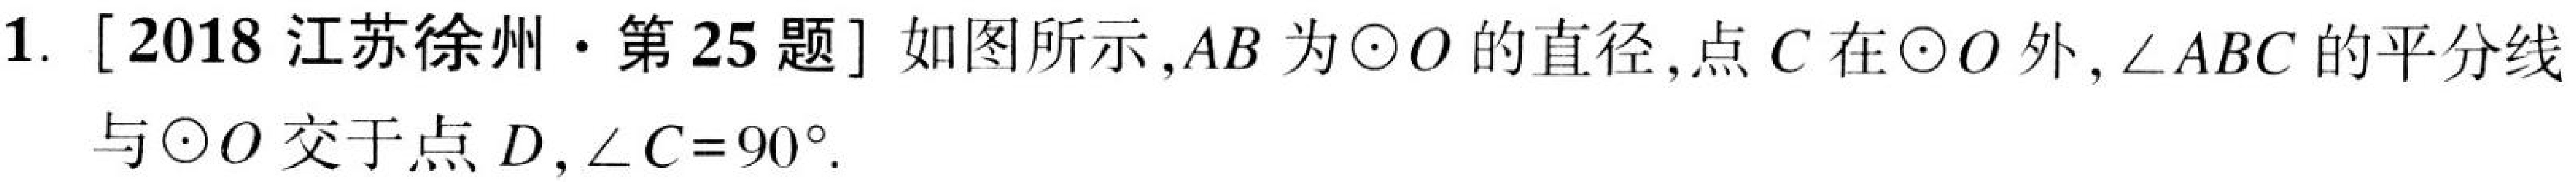
1. [2018江苏徐州·第25题]如图所示,\(AB\)为\(\odot O\)的直径,点\(C\)在\(\odot O\)外,\(\angle ABC\)的平分线
与\(\odot O\)交于点\(D\),\(\angle C = 90^{\circ}\).